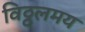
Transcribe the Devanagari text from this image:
विठ्ठलमय